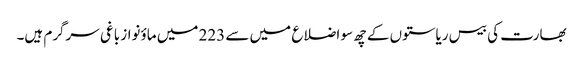
بھارت کی بیس ریاستوں کے چھ سو اضلاع میں سے 223 میں ماؤنواز باغی سرگرم ہیں۔